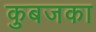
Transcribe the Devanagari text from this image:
कुबजका